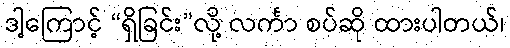
ဒါ့ကြောင့် “ရှိခြင်း”လို့ လင်္ကာ စပ်ဆို ထားပါတယ်၊